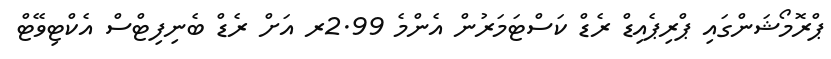
ޕްރޮމޯޝަންގައި ޕްރިޕެއިޑް ރެޑް ކަސްޓަމަރުން އެންމެ 2.99ރ އަށް ރެޑް ބެނިފިޓްސް އެކްޓިވޭޓް